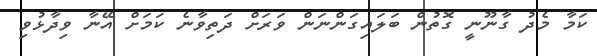
ކަމާ މެދު ގާނޫނީ ގޮތުން ބަލައިގަންނަން ވަރަށް ދަތިވާނެ ކަމަށް އޭނާ ވިދާޅުވި